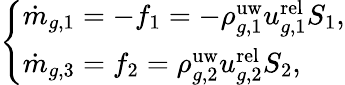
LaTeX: \left\{ \begin{array}{ll}{\dot{m}_{g,1}=-f_{1}=-\rho_{g,1}^{\mathrm{uw}}u_{g,1}^{\mathrm{rel}}S_{1},}\\ {\dot{m}_{g,3}=f_{2}=\rho_{g,2}^{\mathrm{uw}}u_{g,2}^{\mathrm{rel}}S_{2},}\end{array}\right.